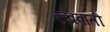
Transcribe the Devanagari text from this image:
रखवाती